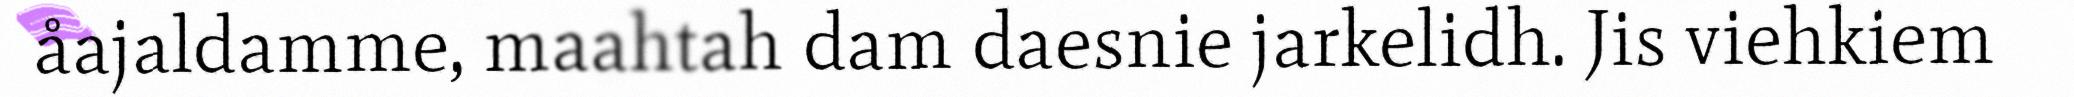
åajaldamme, maahtah dam daesnie jarkelidh. Jis viehkiem